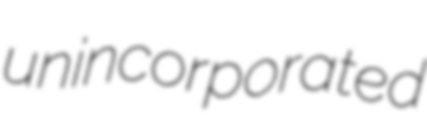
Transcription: unincorporated